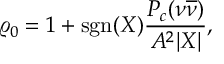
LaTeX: \varrho _ { 0 } = 1 + \mathrm { s g n } ( X ) \frac { P _ { c } ( \nu \overline { { { \nu } } } ) } { A ^ { 2 } | X | } ,